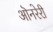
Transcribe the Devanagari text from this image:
ऒनरेरी